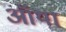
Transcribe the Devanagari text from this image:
ऑया